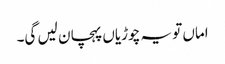
اماں تو یہ چوڑیاں پہچان لیں گی۔